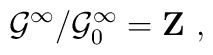
{\cal G}^\infty /{\cal G}_0^\infty ={\bf Z\ ,}